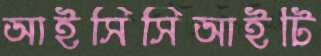
আইসিসিআইটি